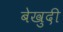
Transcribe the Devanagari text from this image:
बेखुदी